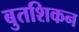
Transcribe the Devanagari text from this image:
बुतशिकन